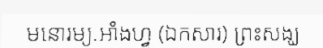
មនោរម្យ.អាំងហ្វូ (ឯកសារ) ព្រះសង្ឃ